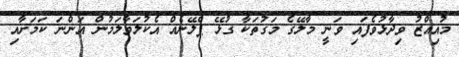
މުއިއްޒު ވިދާޅުވެފައި ވަނީ މާލޭގެ މަގުތަކާ ގުޅޭ ޕްލޭނެއް އެކުލަވާލަމުން އަންނަ ކަމަށާއި